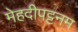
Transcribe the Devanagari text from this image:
मेहदीपट्टनम